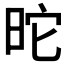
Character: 𣅸